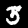
Digit: 3